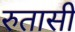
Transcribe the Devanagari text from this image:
रुतासी